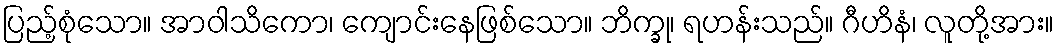
ပြည့်စုံသော။ အာဝါသိကော၊ ကျောင်းနေဖြစ်သော။ ဘိက္ခု၊ ရဟန်းသည်။ ဂီဟိနံ၊ လူတို့အား။